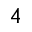
4